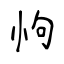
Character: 怐